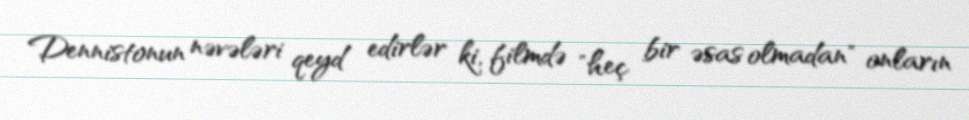
Dennistonun nəvələri qeyd edirlər ki, filmdə "heç bir əsas olmadan" onların